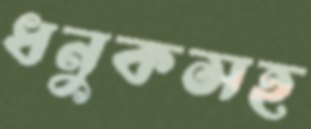
ধনুকসহ